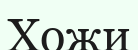
Хожи